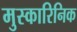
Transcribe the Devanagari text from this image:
मुस्कारिनिक